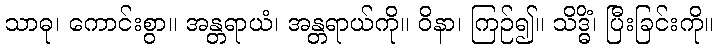
သာဓု၊ ကောင်းစွာ။ အန္တရာယံ၊ အန္တရာယ်ကို။ ဝိနာ၊ ကြဉ်၍။ သိဒ္ဓိံ၊ ပြီးခြင်းကို။